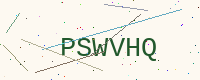
Text: PSWVHQ